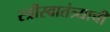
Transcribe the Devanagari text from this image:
स्त्रीस्वातंत्र्याची